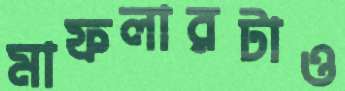
মাফলারটাও